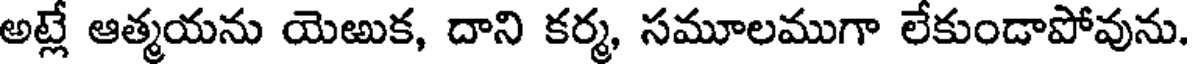
అట్లే ఆత్మయను యెఱుక, దాని కర్మ, సమూలముగా లేకుండాపోవును.